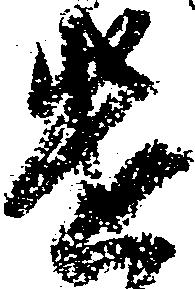
遣